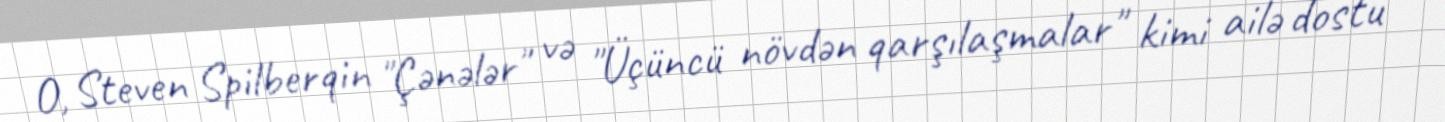
O, Steven Spilberqin "Çənələr" və "Üçüncü növdən qarşılaşmalar" kimi ailə dostu